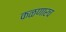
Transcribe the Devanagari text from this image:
कळणारच